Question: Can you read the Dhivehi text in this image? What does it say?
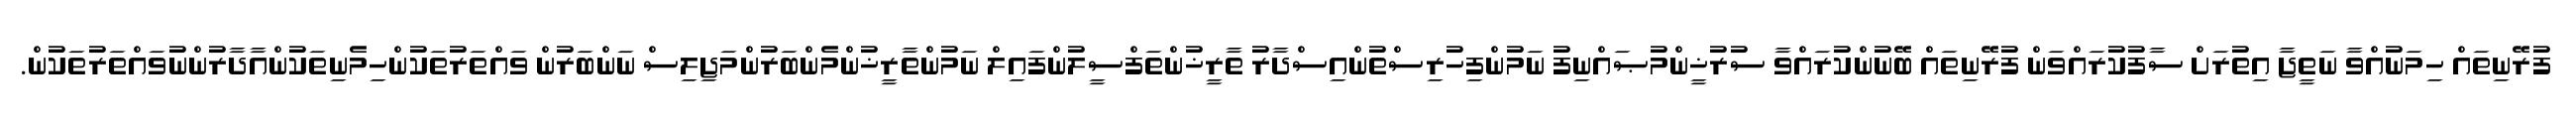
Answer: ފުރޭނިތައް ހިމަނުއްވާ ނަތީޖާ އިތުރަށް ސާފުކުރައްވަން ފުރޭނިތައް ބޭނުންކުރައްވާ ސުރުޚީންމުޞައްނިފު ނަމުންފިހުރިސްތުންއިސްދާރު ތާރީޚުންތަފްސީލުންފައިލް ނަމުންތާރީޚުންމެންބަރުންމަޖިލިސް ނަންބަރުން ވައްތަރުތަކުންހިމެނިތަކުންއާދާރުންނުވައްތަރުތަކުން.